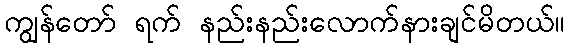
ကျွန်တော် ရက် နည်းနည်းလောက်နားချင်မိတယ်။